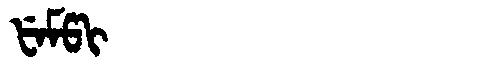
Manchu: ᡶᡝᠮᡦᡳ
Romanization: FEMPI